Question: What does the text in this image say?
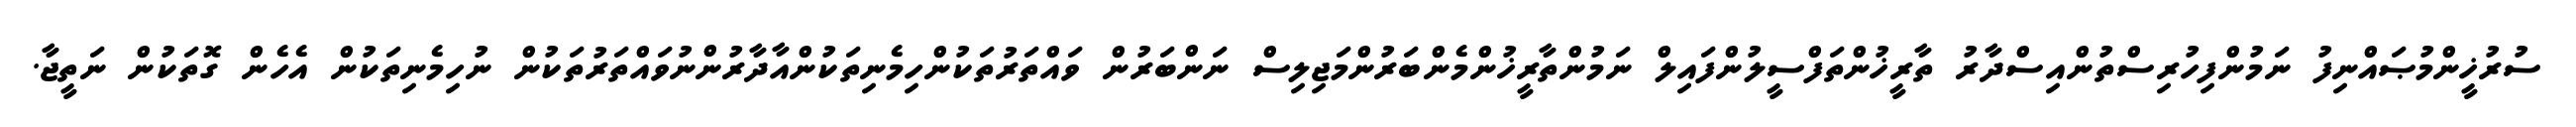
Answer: ސުރުޚީންމުޞައްނިފު ނަމުންފިހުރިސްތުންއިސްދާރު ތާރީޚުންތަފްސީލުންފައިލް ނަމުންތާރީޚުންމެންބަރުންމަޖިލިސް ނަންބަރުން ވައްތަރުތަކުންހިމެނިތަކުންއާދާރުންނުވައްތަރުތަކުން ނުހިމެނިތަކުން އެހެން ގޮތަކުން ނަތީޖާ.